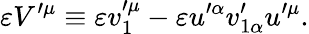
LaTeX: \varepsilon V^{\prime\mu}\equiv\varepsilon v_{1}^{\prime\mu}-\varepsilon u^{\prime\alpha}v_{1\alpha}^{\prime}u^{\prime\mu}.